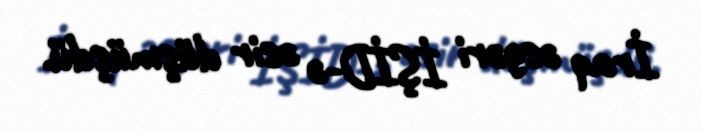
İraq əsgəri İŞİD-ə əsir düşmüşdü.